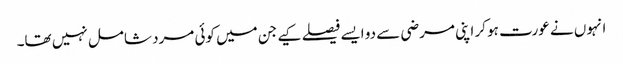
انہوں نے عورت ہو کر اپنی مرضی سے دو ایسے فیصلے کیے جن میں کوئی مرد شامل نہیں تھا۔